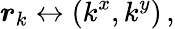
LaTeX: \boldsymbol{r}_{k}\leftrightarrow(k^{x},k^{y})\, ,